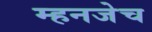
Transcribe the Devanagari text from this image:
म्हनजेच